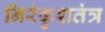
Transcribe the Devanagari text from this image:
निरंकुशतंत्र